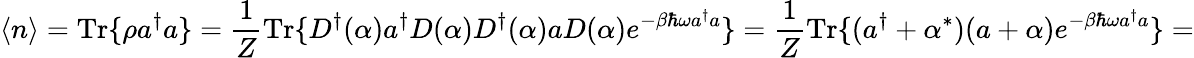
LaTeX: \langle n\rangle={\mathrm{Tr}}\{ \rho a^{\dagger}a\} ={\frac{1}{Z}}{\mathrm{Tr}}\{ D^{\dagger}(\alpha)a^{\dagger}D({\alpha})D^{\dagger}(\alpha)aD(\alpha)e^{-\beta\hbar\omega a^{\dagger}a}\} ={\frac{1}{Z}}{\mathrm{Tr}}\{ (a^{\dagger}+\alpha^{*})(a+\alpha)e^{-\beta\hbar\omega a^{\dagger}a}\} =